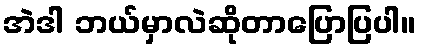
အဲဒါ ဘယ်မှာလဲဆိုတာပြောပြပါ။